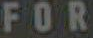
FOR